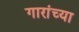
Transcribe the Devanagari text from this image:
गारांच्या